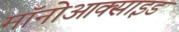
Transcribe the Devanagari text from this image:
मॉनोआक्साइड